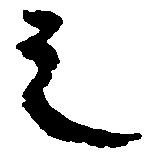
之